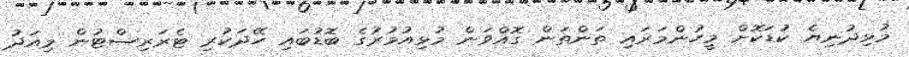
މުޅިދުނިޔެ ކުޑަކޮށް މީހުންމަރައި ތަންތަން ގޮއްވަން މުޅިއުމުރުގެ ބޮޑުބައި ހޭދަކުރި ޓެރަރިސްޓުން މިއަދު